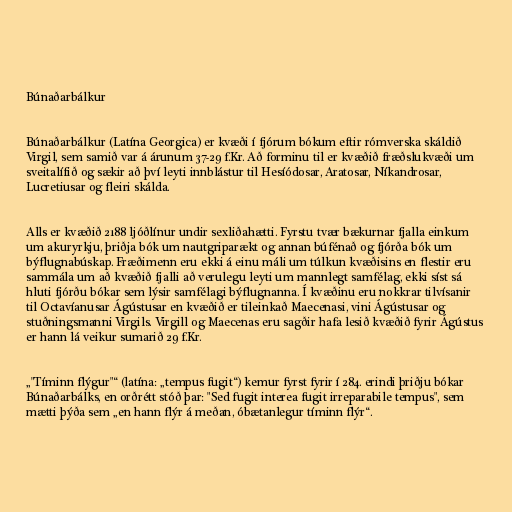
Búnaðarbálkur

Búnaðarbálkur (Latína Georgica) er kvæði í fjórum bókum eftir rómverska skáldið
Virgil, sem samið var á árunum 37-29 f.Kr. Að forminu til er kvæðið fræðslukvæði um
sveitalífið og sækir að því leyti innblástur til Hesíódosar, Aratosar, Níkandrosar,
Lucretiusar og fleiri skálda.

Alls er kvæðið 2188 ljóðlínur undir sexliðahætti. Fyrstu tvær bækurnar fjalla einkum
um akuryrkju, þriðja bók um nautgriparækt og annan búfénað og fjórða bók um
býflugnabúskap. Fræðimenn eru ekki á einu máli um túlkun kvæðisins en flestir eru
sammála um að kvæðið fjalli að verulegu leyti um mannlegt samfélag, ekki síst sá
hluti fjórðu bókar sem lýsir samfélagi býflugnanna. Í kvæðinu eru nokkrar tilvísanir
til Octavíanusar Ágústusar en kvæðið er tileinkað Maecenasi, vini Ágústusar og
stuðningsmanni Virgils. Virgill og Maecenas eru sagðir hafa lesið kvæðið fyrir Ágústus
er hann lá veikur sumarið 29 f.Kr.

„"Tíminn flýgur"“ (latína: „tempus fugit“) kemur fyrst fyrir í 284. erindi þriðju bókar
Búnaðarbálks, en orðrétt stóð þar: "Sed fugit interea fugit irreparabile tempus", sem
mætti þýða sem „en hann flýr á meðan, óbætanlegur tíminn flýr“.